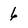
Character: 6